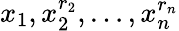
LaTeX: x_{1},x_{2}^{r_{2}},\dots,x_{n}^{r_{n}}